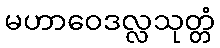
မဟာဝေဒလ္လသုတ္တံ